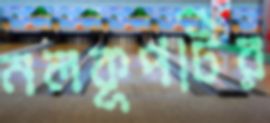
নলকূপটির